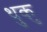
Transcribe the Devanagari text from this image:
थुकु